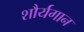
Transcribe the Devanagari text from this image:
शौर्यगान